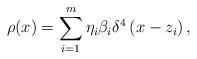
LaTeX: \begin{align*}\rho (x)=\sum_{i=1}^m\eta _i\beta _i\delta ^4\left( x-z_i\right),\end{align*}